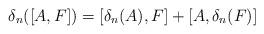
LaTeX: \begin{align*}\delta_n([A, F])=[\delta_n(A), F]+[A, \delta_n(F)]\end{align*}